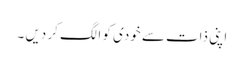
اپنی ذات سے خودی کو الگ کر دیں ۔